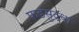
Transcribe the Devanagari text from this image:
फडसुद्धा